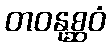
တဝနုစ္ဆဝံ